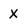
Character: X